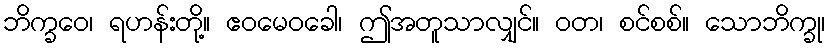
ဘိက္ခဝေ၊ ရဟန်းတို့။ ဧဝမေဝခေါ၊ ဤအတူသာလျှင်။ ဝတ၊ စင်စစ်။ သောဘိက္ခု၊